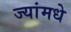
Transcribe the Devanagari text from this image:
ज्यांमधे